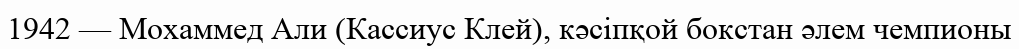
1942 — Мохаммед Али (Кассиус Клей), кәсіпқой бокстан әлем чемпионы